Report on vaccination in Madras 1877-1894 - 1877-1894
Year: 1877
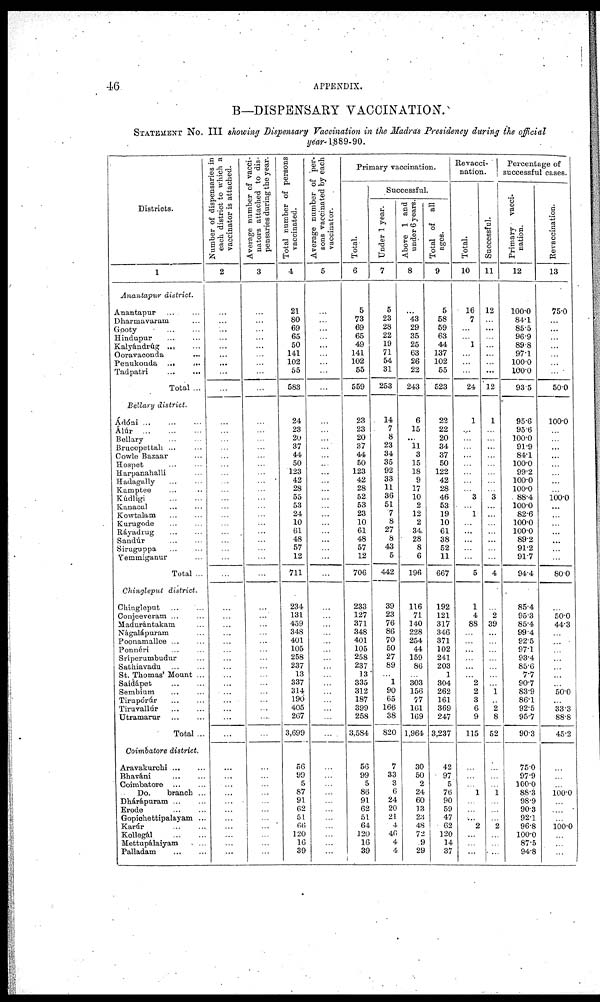
46
APPENDIX.
B—DISPENSARY VACCINATION.
STATEMENT NO. III showing Dispensary Vaccination in the Madras Presidency during the official
year-1889-90.
Districts.
1
Anantapur district.
Anantapur ... ...
Dharniavaram ...
Gooty ... ...
Hindupur
......
Kalyándrúg ......
Ooravaconda
...
Penukoada
...
...
Tadpatri
...
...
Total ...
Bellary district.
Ádóni .........
Álúr
...
...
...
Bellary
...
...
Brucepettah ... ...
Cowle Bazaar ...
Hospet ......
Harpanahalli ...
Hadagally ......
Kamptee ......
Kudligi
...
...
Kanacal ... ...
Kowtalam
...
...
Kurugode
......
Ráyadrug
......
Sandúr
......
Siruguppa
......
Yemmiganur ...
Total ...
Chingleput district.
Chingleput ......
Conjeeveram ......
Madurántakam ...
Nagalápuram ...
Poonamallee ... ...
Ponnéri ... ...
Sríperumbudur ...
Sathiavadu
...
...
St. Thomas' Mount ...
Saidápet
...
...
Sembium
...
...
Tirupórúr
...
...
Tiruvallúr
......
Utramarur
...
...
Total ...
Coimbatore district.
Aravakurchi
......
Bhaváni
...
...
Coimbatore
......
Do.
branch ...
Dhárápnram ... ...
Erode
...
...
Gopichettipalayam ...
Karúr ... ...
Kollegál
...
...
Mettupálaiyam ...
Palladam
...
...
Number of dispensaries in
each district to which a
vaccinator is attached.
2
...
...
...
...
...
...
...
...
...
...
...
...
...
...
...
...
...
...
...
...
...
...
...
...
...
...
...
...
...
...
...
...
...
...
...
...
...
...
...
...
...
...
...
...
...
...
...
...
...
...
...
...
...
Average number of vacci-
nators attached to dis-
pensaries during the year.
3
...
...
...
...
...
...
...
...
...
...
...
...
...
...
...
...
...
...
...
...
...
...
...
...
...
...
...
...
...
...
...
...
...
...
...
...
...
...
...
...
...
...
...
...
...
...
...
...
...
...
...
...
...
Total number of persons
vaccinated.
4
21
80
69
65
50
141
102
55
583
24
23
20
37
44
50
123
42
28
55
53
24
10
61
48
57
12
711
234
131
459
348
401
105
258
237
13
337
314
190
405
267
3,699
56
99
5
87
91
62
51
66
120
16
39
Average number of per-
sons vaccinated by each
vaccinator.
5
...
...
...
...
...
...
...
...
...
...
...
...
...
...
...
...
...
...
...
...
...
...
...
...
...
...
...
...
...
...
...
...
...
...
...
...
...
...
...
...
...
...
...
...
...
...
...
...
...
...
...
...
Primary vaccination.
Total.
6
5
73
69
65
49
141
102
55
559
23
23
20
37
44
50
123
42
28
52
53
23
10
61
48
57
12
706
233
127
371
348
401
105
258
237
13
335
312
187
399
258
3,584
56
99
5
86
91
62
51
64
120
16
39
Successful.
Under 1 year.
7
5
23
28
22
19
71
54
31
253
14
7
8
23
34
35
92
33
11
36
51
7
8
27
8
43
5
442
39
23
76
86
70
50
27
89
...
1
90
65
166
38
820
7
33
3
6
24
20
21
4
46
4
4
Above 1 and
under 6 years.
8
...
43
29
35
25
63
26
22
243
6
15
...
11
3
15
18
9
17
10
2
12
2
34
28
8
6
196
116
71
140
228
254
44
159
86
...
303
156
77
161
169
1,964
30
50
2
24
60
13
23
48
72
9
29
Total of all
ages.
9
5
58
59
63
44
137
102
55
523
22
22
20
34
37
50
122
42
28
46
53
19
10
61
38
52
11
667
192
121
317
346
371
102
241
203
1
304
262
161
369
247
3,237
42
97
5
76
90
59
47
62
120
14
37
Revacci-
nation.
Total.
10
16
7
...
...
1
...
...
...
24
1
...
...
...
...
...
...
...
...
3
...
1
...
...
...
...
...
5
1
4
88
...
...
...
...
...
...
2
2
3
6
9
115
...
...
...
1
...
...
...
2
...
...
...
Successful.
11
12
...
...
...
...
...
...
...
12
1
...
...
...
...
...
...
...
...
3
...
...
...
...
...
...
...
4
...
2
39
...
...
...
...
...
...
...
1
...
2
8
52
...
...
...
1
...
...
...
2
...
...
...
Percentage of
successful cases.
Primary vacci-
nation.
12
100.0
84.1
85.5
96.9
89.8
97.1
100.0
100.0
93.5
95.6
95.6
100.0
91.9
84.1
100.0
99.2
1000
100.0
88.4
100.0
82.6
100.0
100.0
89.2
91.2
91.7
94.4
85.4
95.3
85.4
99.4
92.5
97.1
93.4
85.6
7.7
90.7
83.9
86.1
92.5
95.7
90.3
75.0
97.9
100.0
88.3
98.9
90.3
92.1
96.8
100.0
87.5
94.8
Revaccination.
13
75.0
...
...
...
...
...
...
...
50.0
100.0
...
...
...
...
...
...
...
...
100.0
...
...
...
...
...
...
...
80.0
...
50.0
44.3
...
...
...
...
...
...
...
50.0
...
33.3
88.8
45.2
...
...
...
100.0
...
...
...
100.0
...
...
...